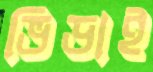
ভিডাই